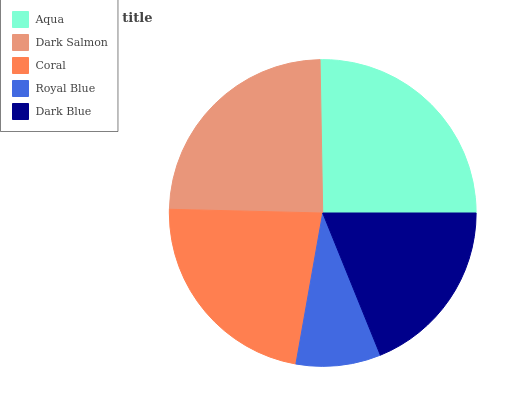
| Aqua | Dark Salmon | Coral | Royal Blue | Dark Blue |
 | --- | --- | --- | --- | --- |
 | 25.3% | 24.3% | 22.6% | 8.92% | 18.9% |